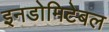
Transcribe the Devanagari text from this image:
इनडोमिटेबल